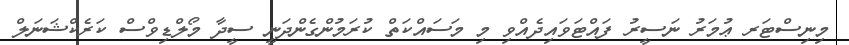
މިނިސްޓަރ ޢުމަރު ނަސީރު ފައްޓަވައިދެއްވި މި މަސައްކަތް ކުރަމުންގެންދަނީ ސީދާ މޯލްޑިވްސް ކަރެކްޝަނަލް